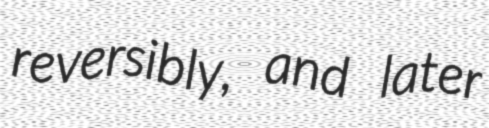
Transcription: reversibly, and later